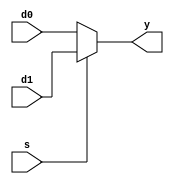
//32bits 2-to-1 multiplexer
module mx2_32bits(d0, d1, s, y);
	input[31:0] d0, d1;
	input s;
	output[31:0] y;

	assign y = (s == 1'b0) ? d0 : d1;
endmodule